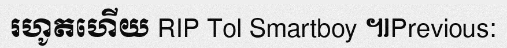
រហូតហើយ RIP Tol Smartboy ៕Previous: